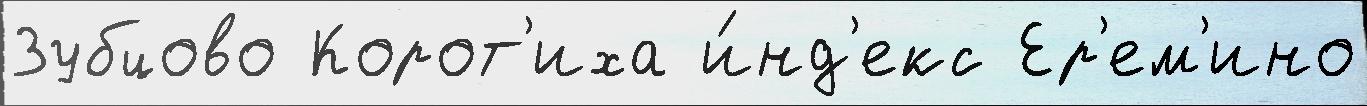
Зубцово Корот'иха и́нд'екс Ер'ем'ино